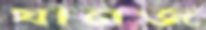
যানজ